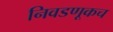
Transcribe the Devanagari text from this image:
निवडणूकच